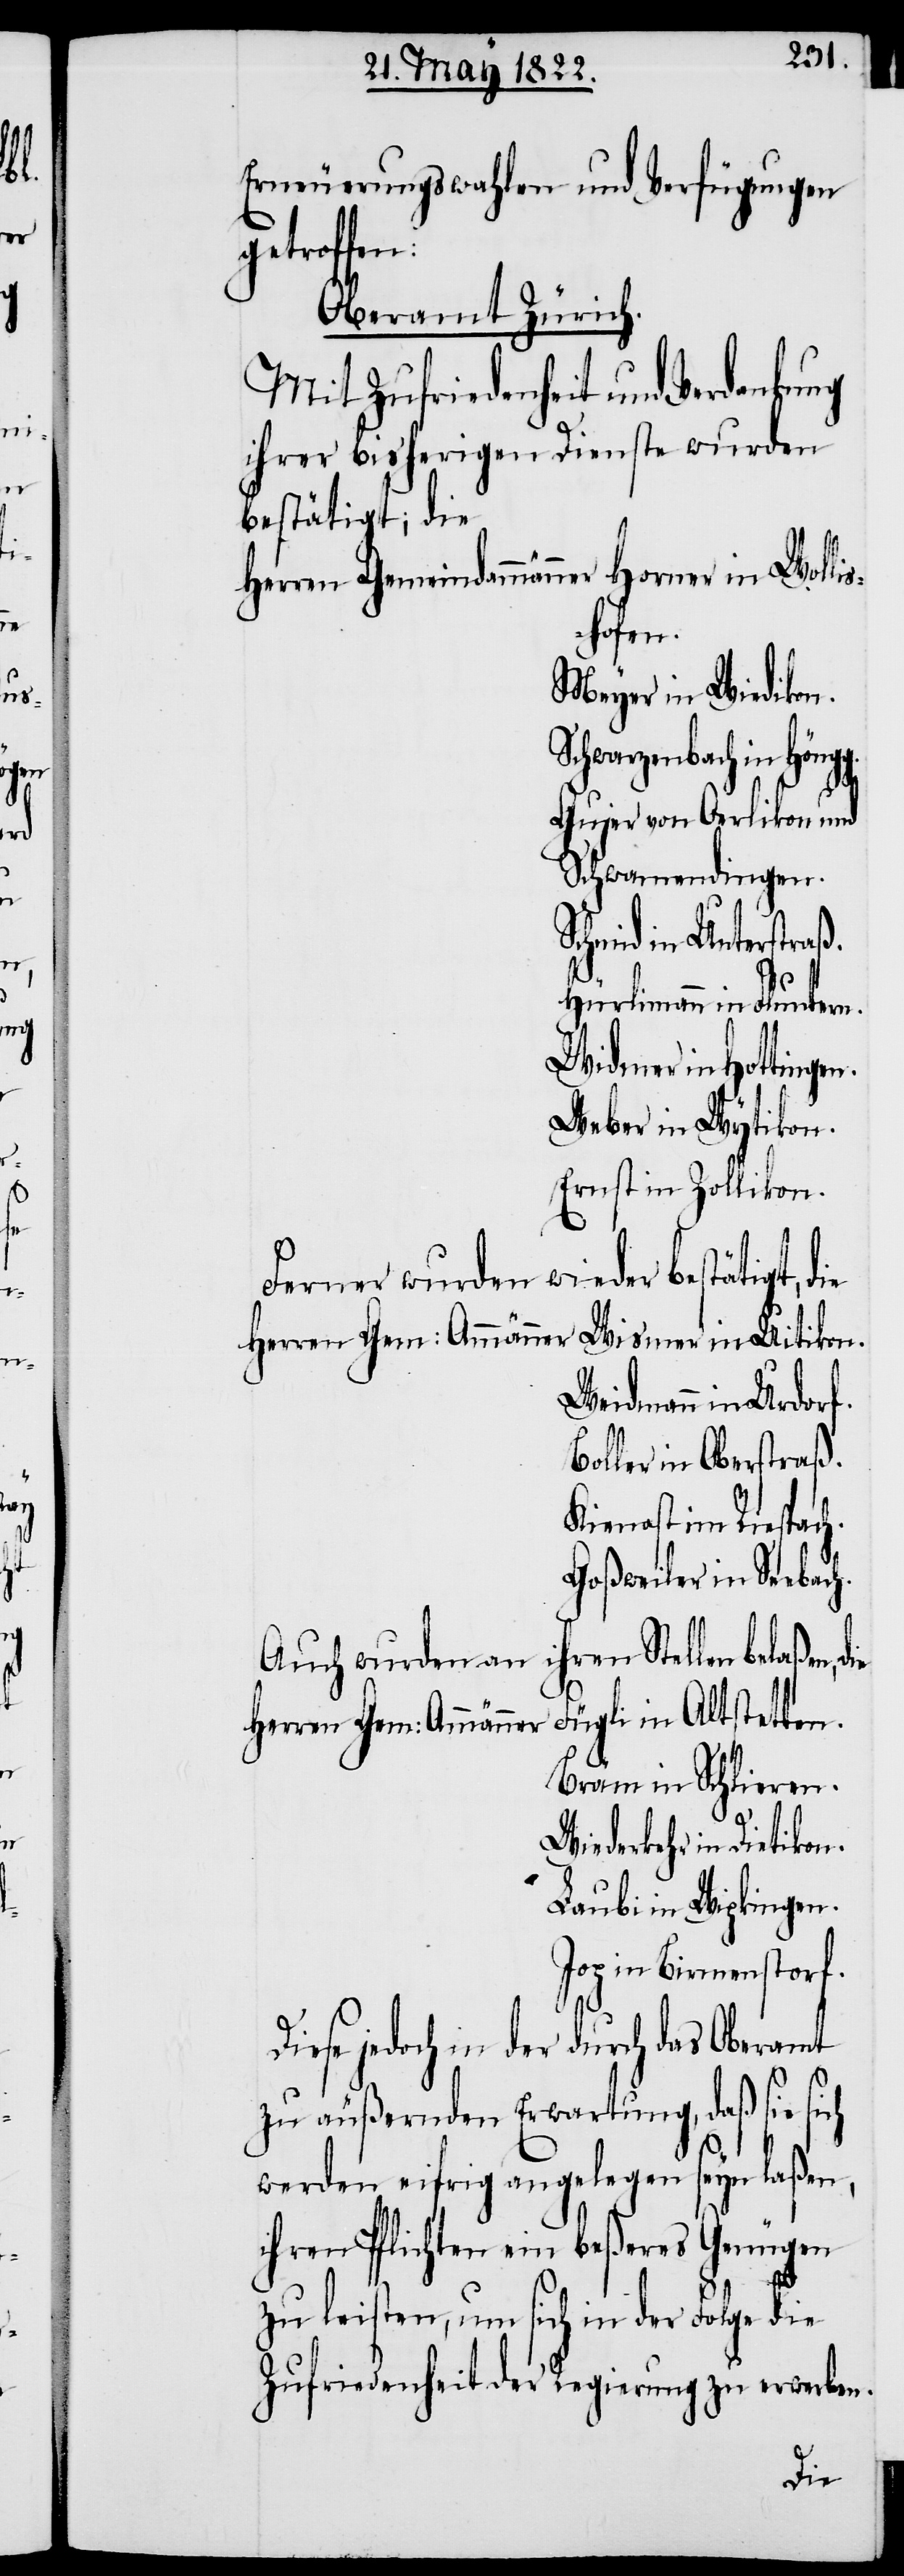
Erneuerungswahlen und Verfügungen
belaßen,
Oberamt Zürich.
Mit Zufriedenheit und Verdankung
ihrer bisherigen Dienste wurden
bestätigt, die
Herren Gemeindammänner Horner in Wolli¬
shofen.
Meyer in Wiedikon.
Schwarzenbach in Höng¬
ch
Gujer von Oerlikon und
Schwamendingen.
Schmid in Unterstraß.
Hürlimann in Fluntern.
Widmer in Hottingen.
Weber in Wytikon.
Ernst in Zollikon.
Ferner wurden
Wismer in Uitikon.
Herrn Gem: Ammänner
Weidmann in Urdorf.
Boller in Oberstraß.
Kienast im Riespac¬
Goßweiler in Seebach.
ihren Stellen
Auch wurden an
Fügli in Altstetten.
Bräm in Schlieren.
Wiederkehr in Dietikon.
Laubi in Wipkingen.
Jop in Birmenstorf.
se jedoch in der durch das Oberamt
zu äußernden Erwartung, daß sie si¬
werden eifrig angelegen seyn laßen,
ihren Pflichten ein beßeres Genügen
zu leisten, um sich in der Folge die
Zufriedenheit der Regierung zu erwerben.
Die¬